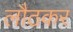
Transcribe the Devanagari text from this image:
लौठकर